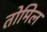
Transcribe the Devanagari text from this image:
तोमिल